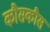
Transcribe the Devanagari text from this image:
कौसकौस